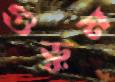
গুড়ুম